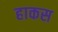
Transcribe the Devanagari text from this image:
हाकस